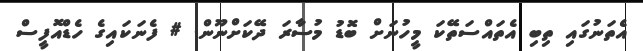
އެތަނުގައި ތިބި އެތައްސަތޭކަ މީހުނަށް ބޮޑު މުސާރަ ދޭކަށްނޫން. # ފެނަކައިގެ ހެޑްއޮފީސް